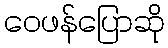
ဝေဖန်ပြောဆို